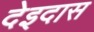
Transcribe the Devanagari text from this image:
देइदास